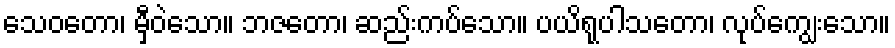
သေဝတော၊ မှီဝဲသော။ ဘဇတော၊ ဆည်းကပ်သော။ ပယိရုပါသတော၊ လုပ်ကျွေးသော။